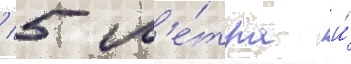
/ 5 м'е́тра и́